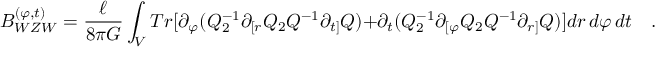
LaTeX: { \cal B } _ { W Z W } ^ { ( \varphi , t ) } = \frac { \ell } { 8 \pi G } \int _ { \cal V } T r [ \partial _ { \varphi } ( Q _ { 2 } ^ { - 1 } \partial _ { [ r } Q _ { 2 } Q ^ { - 1 } \partial _ { t ] } Q ) + \partial _ { t } ( Q _ { 2 } ^ { - 1 } \partial _ { [ \varphi } Q _ { 2 } Q ^ { - 1 } \partial _ { r ] } Q ) ] d r \, d \varphi \, d t \quad .